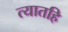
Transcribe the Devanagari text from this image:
त्यातहि